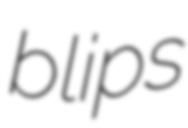
blips